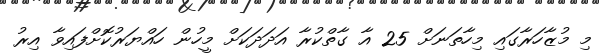
މި މުޒާހަރާގައި މިހާތަނަށް 25 އާ ގާތްކުރާ އަދަދަކަށް މީހުން ހައްޔަރުކޮށްފައިވާ އިރު